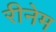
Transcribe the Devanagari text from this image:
रीनेम